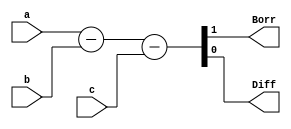
module FULLSUB_BEHAV
(
input a,b,c,
output Borr,Diff
);

assign{Borr,Diff}=a-b-c;
endmodule